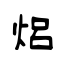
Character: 焒